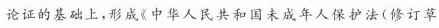
论证的基础上，形成《中华人民共和国未成年人保护法(修订草